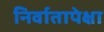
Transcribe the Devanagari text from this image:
निर्वातापेक्षा